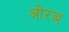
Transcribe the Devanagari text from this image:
ओरब